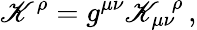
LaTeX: \mathscr{K}^{\rho}=g^{\mu\nu}{\mathscr{K}_{\mu\nu}}^{\! \rho}\, ,